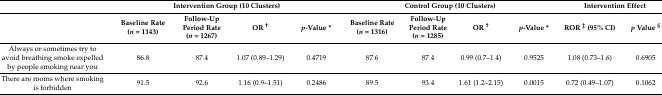
|  | <COLSPAN=4> Intervention Group (10 Clusters) | <COLSPAN=4> Control Group (10 Clusters) | <COLSPAN=2> Intervention Effect |
 |  | Baseline Rate (n = 1143) | Follow-Up Period Rate (n = 1267) | OR † | p-Value * | Baseline Rate (n = 1316) | Follow-Up Period Rate (n = 1285) | OR † | p-Value * | ROR ‡ (95% CI) | p Value § |
 | --- | --- | --- | --- | --- | --- | --- | --- | --- | --- | --- |
 | Always or sometimes try to avoid breathing smoke expelled by people smoking near you | 86.8 | 87.4 | 1.07 (0.89–1.29) | 0.4719 | 87.6 | 87.4 | 0.99 (0.7–1.4) | 0.9525 | 1.08 (0.73–1.6) | 0.6905 |
 | There are rooms where smoking is forbidden | 91.5 | 92.6 | 1.16 (0.9–1.51) | 0.2486 | 89.5 | 93.4 | 1.61 (1.2–2.15) | 0.0015 | 0.72 (0.49–1.07) | 0.1062 |